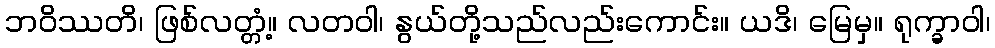
ဘဝိဿတိ၊ ဖြစ်လတ္တံ့။ လတဝါ၊ နွယ်တို့သည်လည်းကောင်း။ ယဒိ၊ မြေမှ။ ရုက္ခာဝါ၊